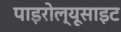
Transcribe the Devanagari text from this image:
पाइरोल्यूसाइट